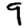
Digit: 9